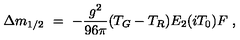
\Delta m _ { 1 / 2 } \ = \ - { \frac { g ^ { 2 } } { 9 6 \pi } } ( T _ { G } - T _ { R } ) E _ { 2 } ( i T _ { 0 } ) F \ ,